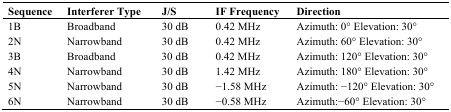
<table><thead><tr><td><b>Sequence</b></td><td><b>Interferer Type</b></td><td><b>J/S</b></td><td><b>IF Frequency</b></td><td><b>Direction</b></td></tr></thead><tbody><tr><td>1B</td><td>Broadband</td><td>30 dB</td><td>0.42 MHz</td><td>Azimuth: 0° Elevation: 30°</td></tr><tr><td>2N</td><td>Narrowband</td><td>30 dB</td><td>0.42 MHz</td><td>Azimuth: 60° Elevation: 30°</td></tr><tr><td>3B</td><td>Broadband</td><td>30 dB</td><td>0.42 MHz</td><td>Azimuth: 120° Elevation: 30°</td></tr><tr><td>4N</td><td>Narrowband</td><td>30 dB</td><td>1.42 MHz</td><td>Azimuth: 180° Elevation: 30°</td></tr><tr><td>5N</td><td>Narrowband</td><td>30 dB</td><td>−1.58 MHz</td><td>Azimuth: −120° Elevation: 30°</td></tr><tr><td>6N</td><td>Narrowband</td><td>30 dB</td><td>−0.58 MHz</td><td>Azimuth:−60° Elevation: 30°</td></tr></tbody></table>